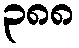
၃၈၈